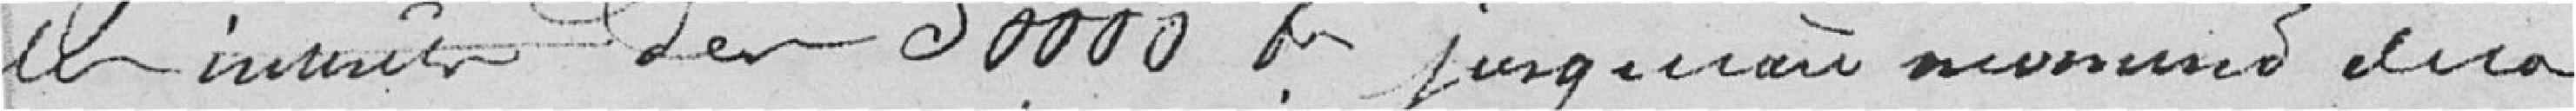
un intérêt de 30000 francs jusqu'au nevousier de la